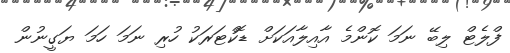
ފްލެޓް ލިބޭ ނަމަ ކޮންމެ އާއިލާއަކަށް ޑޮކްޓަރަކު ހުރި ނަމަ ހަމަ ޔަގީނުން